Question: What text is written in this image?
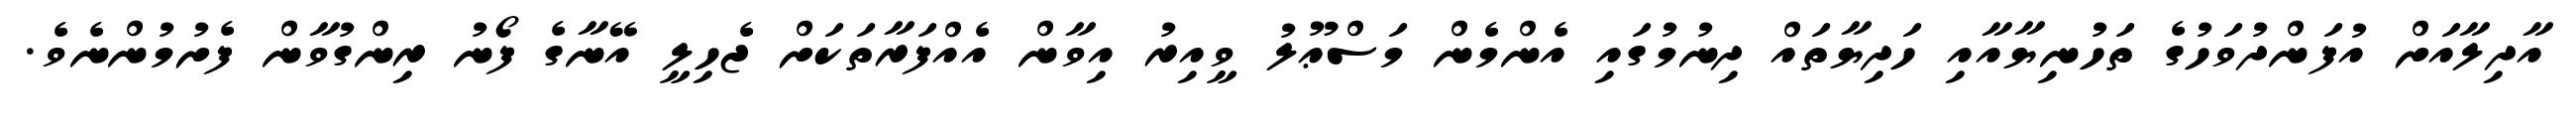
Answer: އާދިލާއަށް އުފަންދުވަހުގެ ތަހުނިޔާއާއި ހަދިޔާތައް ދިނުމުގައި އެންމެން މަސްޢޫލު ވީއިރު އިވާން އެއްފަރާތަކަށް ޖެހިލީ އޭނާގެ ފޯނު ރިންގުވާން ފެށުމުންނެވެ.